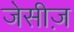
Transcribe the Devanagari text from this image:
जेसीज़